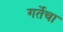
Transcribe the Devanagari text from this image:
गर्तेचा